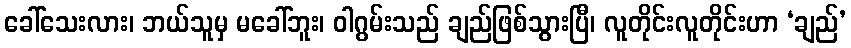
ခေါ်သေးလား၊ ဘယ်သူမှ မခေါ်ဘူး၊ ဝါဂွမ်းသည် ချည်ဖြစ်သွားပြီ၊ လူတိုင်းလူတိုင်းဟာ ‘ချည်’